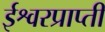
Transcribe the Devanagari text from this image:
ईश्वरप्राप्‍ती